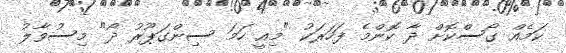
ކަމެއް ގޯސްކޮށް ދާ ކޮންމެ ފަހަރަކު "މިއީ ހަމަ ސިންގަޕޫރު ދޯ" މިސުވާލު